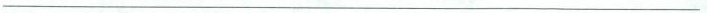
___